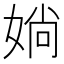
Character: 𡞀